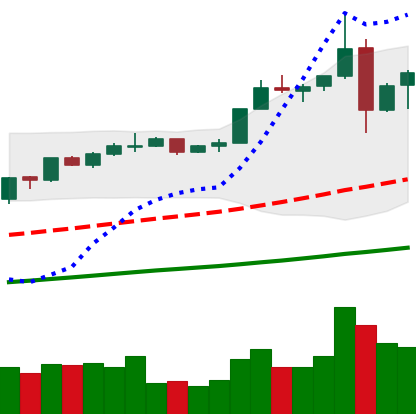
Ticker: ETH-USD
Chart end date: 2019-06-29
Forward return: -11.103%
Label: down_7plus